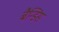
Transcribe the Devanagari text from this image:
बैन्डिस